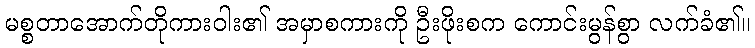
မစ္စတာအောက်တိုကားဝါး၏ အမှာစကားကို ဦးဖိုးစက ကောင်းမွန်စွာ လက်ခံ၏။